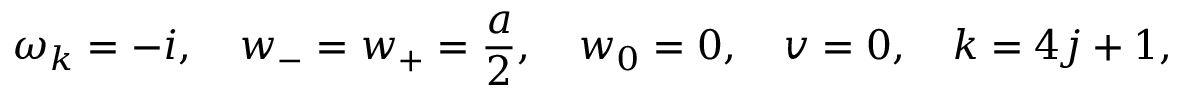
\omega _ { k } = - i , \quad w _ { - } = w _ { + } = \frac a 2 , \quad w _ { 0 } = 0 , \quad v = 0 , \quad k = 4 j + 1 ,